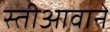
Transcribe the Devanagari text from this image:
स्तीआवाने